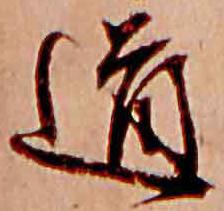
道